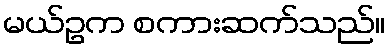
မယ်ဥက စကားဆက်သည်။